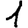
Digit: 1